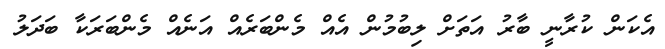
އެކަން ކުރާނީ ބާރު އަތަށް ލިބުމުން އެއް މެންބަރެއް އަނެއް މެންބަރަކާ ބަދަލު